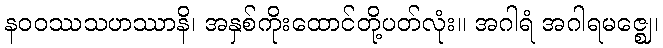
နဝဝဿသဟဿာနိ၊ အနှစ်ကိုးထောင်တို့ပတ်လုံး။ အဂါရံ အဂါရမဇ္ဈေ၊